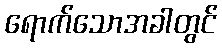
ရောက်သောအခါတွင်